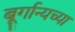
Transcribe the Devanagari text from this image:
बूर्गान्यच्या